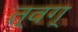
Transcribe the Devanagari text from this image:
त्वग्